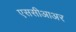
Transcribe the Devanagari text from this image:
एससीआअर